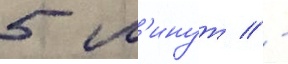
5 м'инут // -